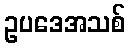
ဥပဒေအသစ်